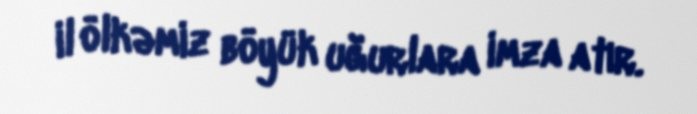
il ölkəmiz böyük uğurlara imza atır.